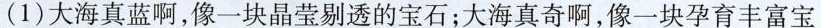
(1)大海真蓝啊，像一块晶莹剔透的宝石；大海真奇啊，像一块孕育丰富宝